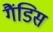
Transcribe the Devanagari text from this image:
गैंडिस